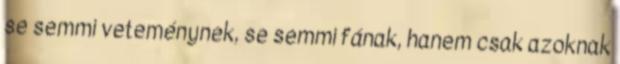
se semmi veteménynek, se semmi fának, hanem csak azoknak